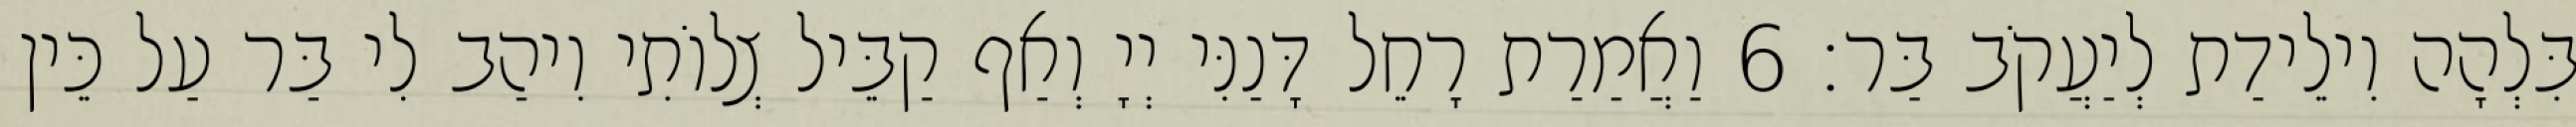
בִּלְהָה וִילֵידַת לְיַעֲקֹב בַּר׃ 6 וַאֲמַרַת רָחֵל דָּנַנִּי יְיָ וְאַף קַבֵּיל צְלוֹתִי וִיהַב לִי בַּר עַל כֵּין